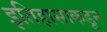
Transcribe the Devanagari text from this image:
इतिहासाकडून